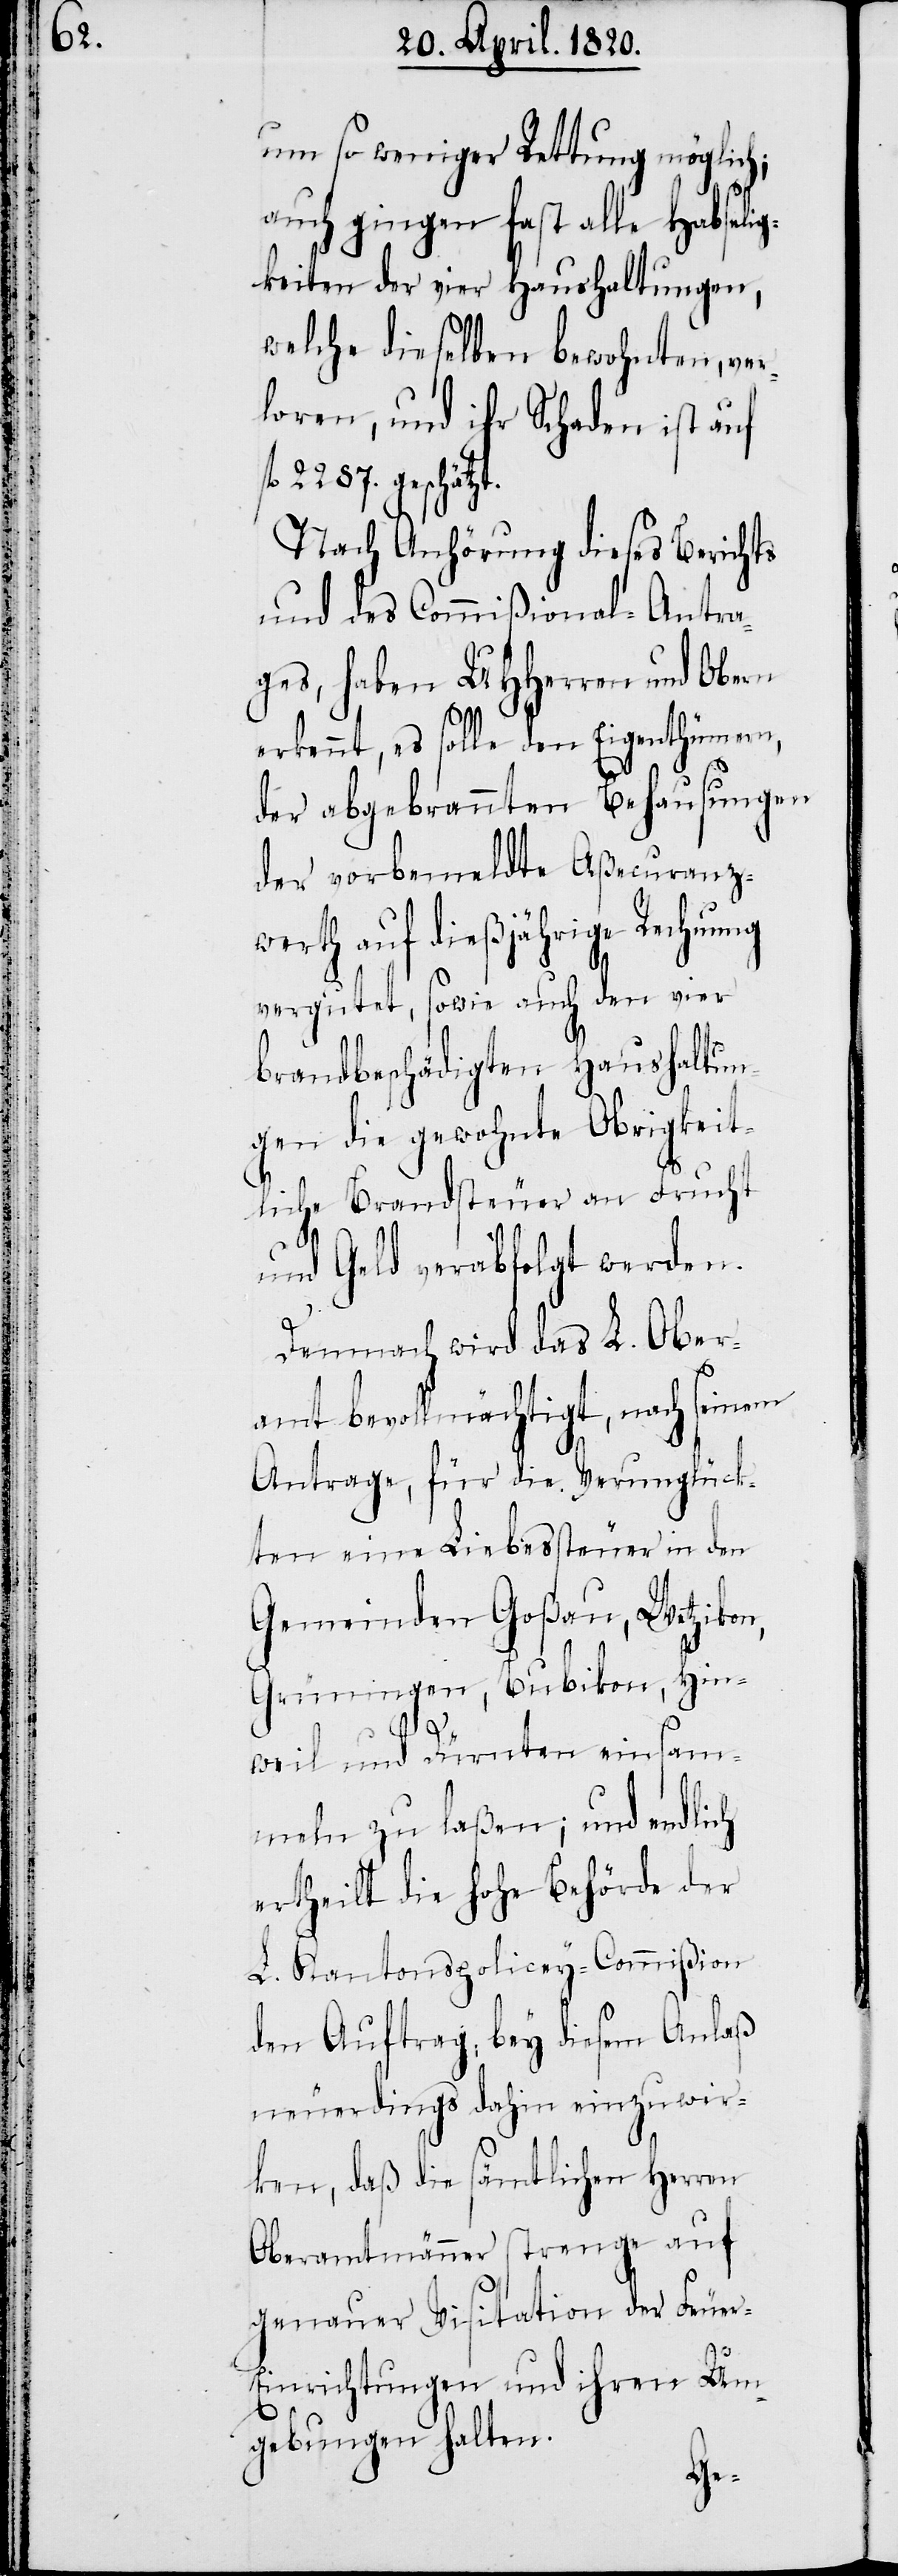
ung

um so weniger Rettung möglich;
auch gingen fast alle Habselig¬
keiten der vier Haushaltungen,
welche dieselben bewohnten, ver¬
loren, und ihr Schaden ist auf
2287. geschätzt.
Nach Anhörung dieses Berichts
und des Commiβional-Antra¬
ges, haben UHHerren und Obern
erkennt, es solle den Eigenthümern,
der abgebrannten Behausungen
der vorbemeldte Aβecuranzw¬
erth auf dieβjährige Rechn¬
vergutet, sowie auch den vier
Brandbeschädigten Haushaltun¬
gen die gewohnte Obrigkeit¬
liche Brandsteuer an Frucht
und Geld verabfolgt werden.
Demnach wird das L. Ober¬
amt bevollmächtigt, nach seinem
Antrage, für die Verunglück¬
ten eine Liebessteuer in den
Gemeinden Goβau, Wetzikon,
Grüningen, Bubikon, Hin¬
weil und Dürnten einsam¬
meln zu laβen; und endlich
ertheilt die Hohe Behörde der
L. Kantonspolicey-Commiβion
den Auftrag, bey diesem Anlaβ
neuerdings dahin einzuwir¬
ken, daβ die sämtlichen Herren
Oberamtmänner strenge auf
genauer Visitation der Feuer-E¬
inrichtungen und ihren Um¬
gebungen halten.